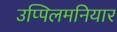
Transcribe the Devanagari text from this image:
उप्पिलमनियार